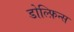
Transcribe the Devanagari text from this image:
डोल्फ़िन्स